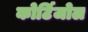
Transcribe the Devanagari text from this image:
कोर्टिजोल